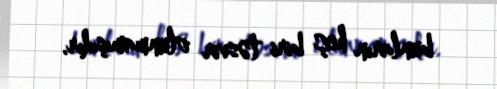
bunların heç biri təsvir olunmamışdır.